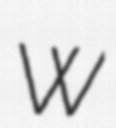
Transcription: W